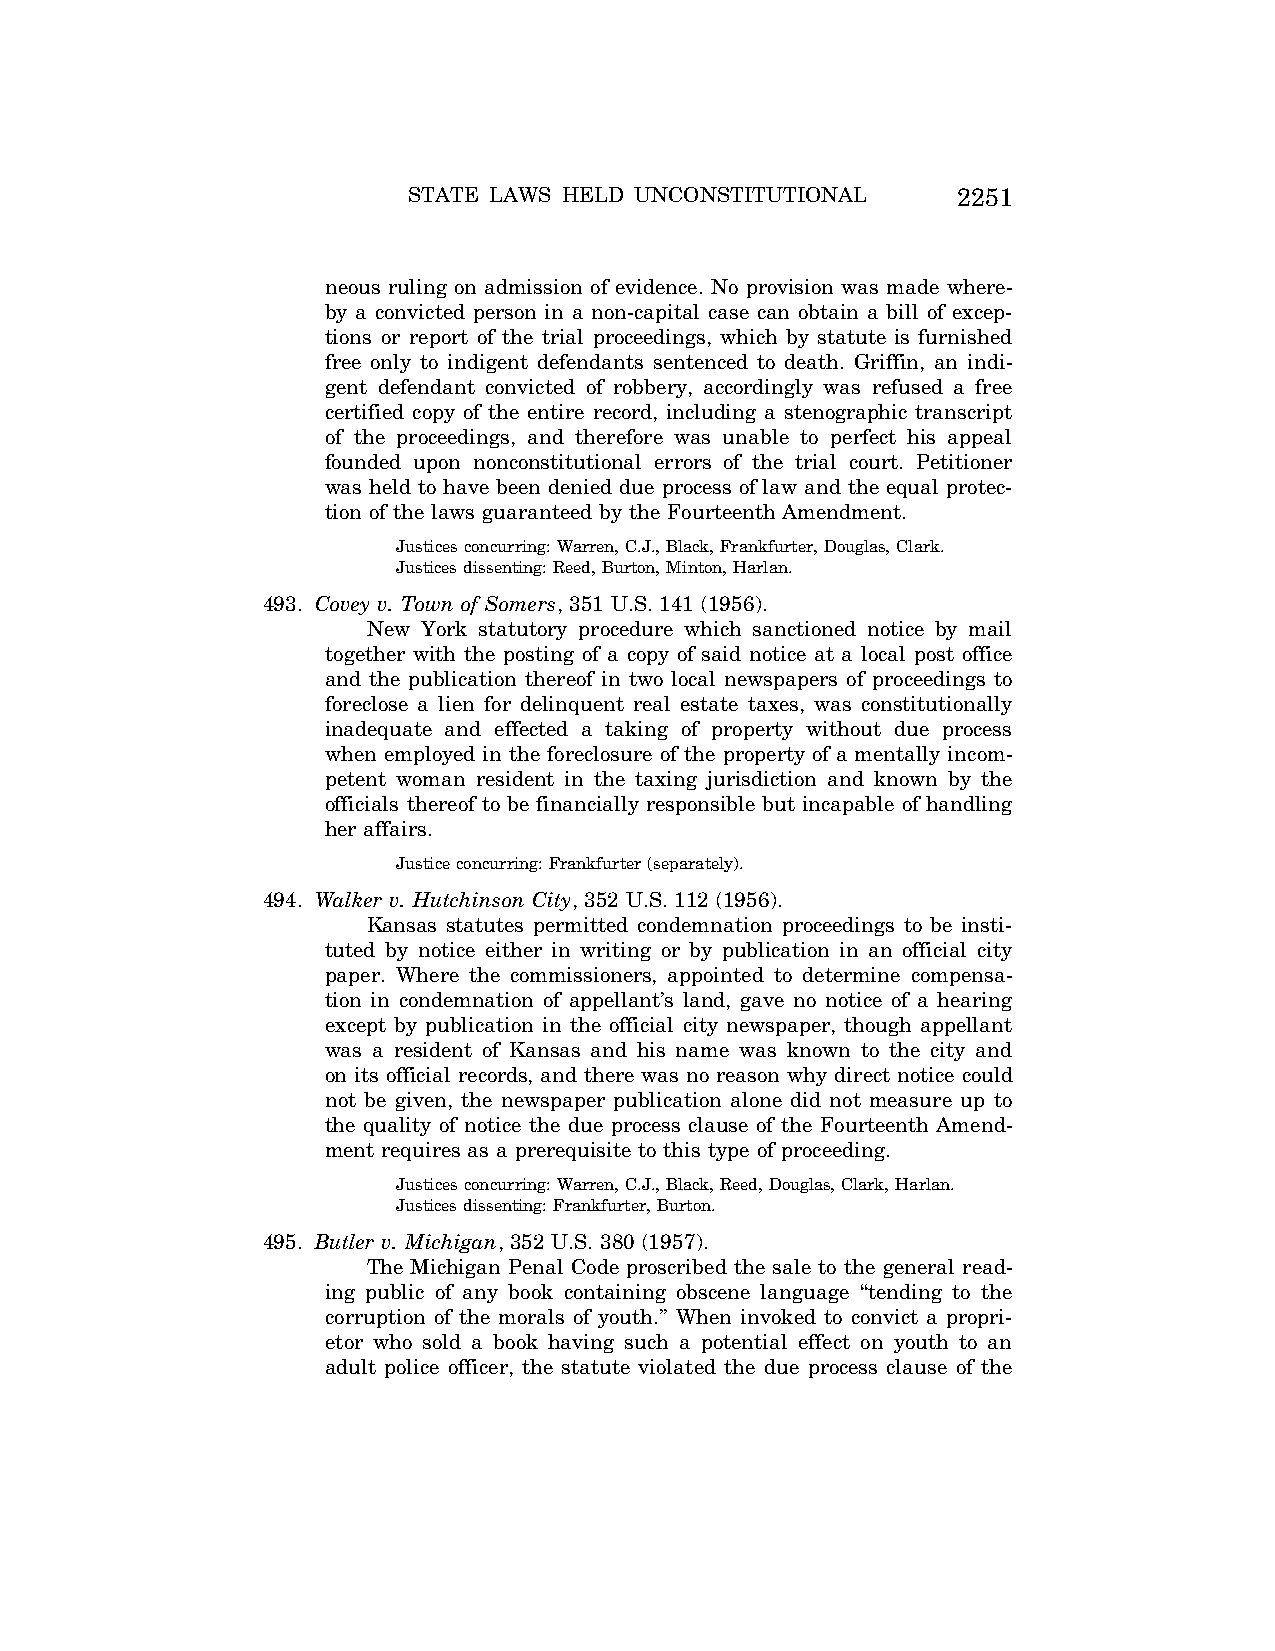
STATE LAWS HELD UNCONSTITUTIONAL    2251
 neous ruling on admission of evidence. No provision was made where-
 by a convicted person in a non-capital case can obtain a bill of excep-
 tions or report of the trial proceedings, which by statute is furnished
 free only to indigent defendants sentenced to death. Griffin, an indi-
 gent defendant convicted of robbery, accordingly was refused a free
 certified copy of the entire record, including a stenographic transcript
 of the proceedings, and therefore was unable to perfect his appeal
 founded upon nonconstitutional errors of the trial court. Petitioner
 was held to have been denied due process of law and the equal protec-
 tion of the laws guaranteed by the Fourteenth Amendment.
 Justices concurring: Warren, C.J., Black, Frankfurter, Douglas, Clark.
 Justices dissenting: Reed, Burton, Minton, Harlan.
 493. Covey v. Town of Somers, 351 U.S. 141 (1956).
 New York statutory procedure which sanctioned notice by mail
 together with the posting of a copy of said notice at a local post office
 and the publication thereof in two local newspapers of proceedings to
 foreclose a lien for delinquent real estate taxes, was constitutionally
 inadequate and effected a taking of property without due process
 when employed in the foreclosure of the property of a mentally incom-
 petent woman resident in the taxing jurisdiction and known by the
 officials thereof to be financially responsible but incapable of handling
 her affairs.
 Justice concurring: Frankfurter (separately).
 494. Walker v. Hutchinson City, 352 U.S. 112 (1956).
 Kansas statutes permitted condemnation proceedings to be insti-
 tuted by notice either in writing or by publication in an official city
 paper. Where the commissioners, appointed to determine compensa-
 tion in condemnation of appellant’s land, gave no notice of a hearing
 except by publication in the official city newspaper, though appellant
 was a resident of Kansas and his name was known to the city and
 on its official records, and there was no reason why direct notice could
 not be given, the newspaper publication alone did not measure up to
 the quality of notice the due process clause of the Fourteenth Amend-
 ment requires as a prerequisite to this type of proceeding.
 Justices concurring: Warren, C.J., Black, Reed, Douglas, Clark, Harlan.
 Justices dissenting: Frankfurter, Burton.
 495. Butler v. Michigan, 352 U.S. 380 (1957).
 The Michigan Penal Code proscribed the sale to the general read-
 ing public of any book containing obscene language ‘‘tending to the
 corruption of the morals of youth.’’ When invoked to convict a propri-
 etor who sold a book having such a potential effect on youth to an
 adult police officer, the statute violated the due process clause of the
 VerDate Aug<04>2004 12:57 Aug 23, 2004 Jkt 077500 PO 00000 Frm 00091 Fmt 8222 Sfmt 8222 C:\CONAN\CON064.SGM PRFM99 PsN: CON064